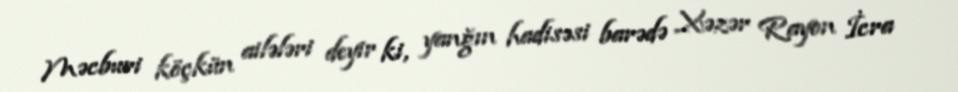
Məcburi köçkün ailələri deyir ki, yanğın hadisəsi barədə Xəzər Rayon İcra